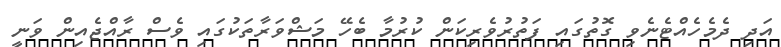
އަދި ދެމެހެއްޓެނެވި ގޮތުގައި ފަތުރުވެރިކަން ކުރުމާ ބެހޭ މަޝްވަރާތަކުގައި ވެސް ރާއްޖެއިން ވަނީ